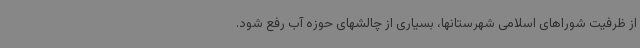
از ظرفیت شوراهای اسلامی شهرستانها، بسیاری از چالشهای حوزه آب رفع شود.